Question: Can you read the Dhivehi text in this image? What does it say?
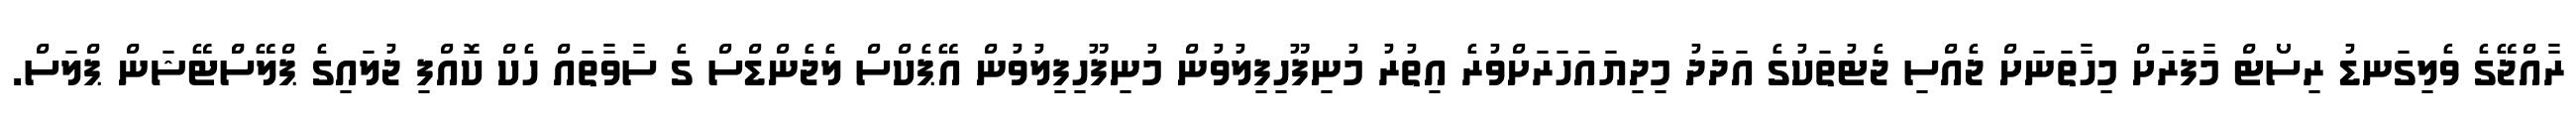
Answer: ރާއްޖޭގެ ވެލިގަނޑު ރިސޯޓް މާފަރަށް މިހާތަނަށް ޖެއްސި ޖެޓުތަކުގެ އަދަދު މިދިޔައަހަރަށްވުރެ އިތުރު މުނިފޫހިފިލުވުން މުނިފޫހިފިލުވުން އޭޕެކްސް ލެޖެންޑްސް ގެ ސާވާތައް ހެކް ކޮއްފި ޖުލައިގެ ޕްލޭސްްޓޭޝަން ޕްލަސް.